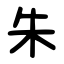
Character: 朱